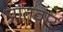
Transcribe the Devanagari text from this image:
प्रांतवार